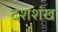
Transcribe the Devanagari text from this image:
दशशंख